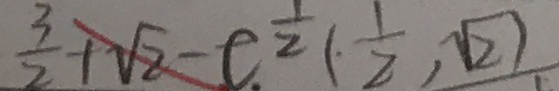
\frac { 3 } { 2 } + \sqrt { 2 } - c ^ { \frac { 1 } { 2 } } ( \frac { 1 } { 2 } , \sqrt { 2 } )